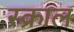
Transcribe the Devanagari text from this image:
स्क्राल